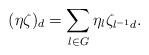
LaTeX: \begin{align*}(\eta \zeta)_d=\sum\limits_{l\in G}\eta_l\zeta_{l^{-1}d}.\end{align*}